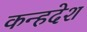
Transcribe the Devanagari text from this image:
कन्हदेश